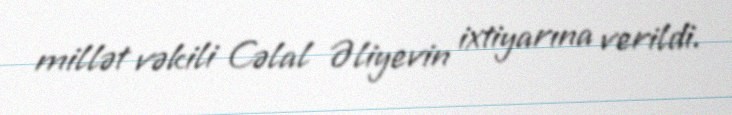
millət vəkili Cəlal Əliyevin ixtiyarına verildi.